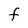
Character: f